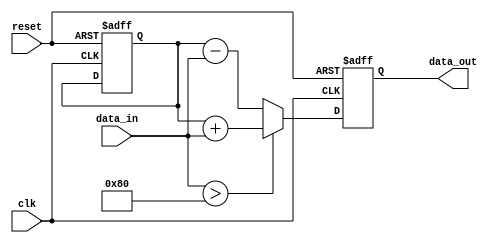
module ParameterFocusedInit #(
    parameter SIZE = 8,            // Default size parameter
    parameter THRESHOLD = 128,     // Default threshold parameter
    parameter MODE = 0              // Default mode parameter (0 or 1)
)(
    input wire clk,                // Clock input
    input wire reset,              // Reset input
    input wire [SIZE-1:0] data_in, // Input data
    output reg [SIZE-1:0] data_out // Output data
);

    // Internal variable declaration
    reg [SIZE-1:0] internal_var;
    reg [SIZE-1:0] threshold_value;

    // Initialization block
    initial begin
        // Initialize internal variables based on parameters
        internal_var = 0;
        threshold_value = THRESHOLD;

        // Conditional initialization based on mode
        if (MODE == 0) begin
            internal_var = 8'hFF; // Example initialization for mode 0
        end else begin
            internal_var = 8'h00; // Example initialization for mode 1
        end
    end

    // Always block for behavioral logic
    always @(posedge clk or posedge reset) begin
        if (reset) begin
            // Reset internal variables to initialized values
            internal_var <= (MODE == 0) ? 8'hFF : 8'h00;
            data_out <= 0;
        end else begin
            // Example behavioral logic
            if (data_in > threshold_value) begin
                data_out <= internal_var + data_in; // Example operation
            end else begin
                data_out <= internal_var - data_in; // Example operation
            end
        end
    end

endmodule